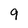
Character: 9